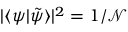
| \langle \psi | \tilde { \psi } \rangle | ^ { 2 } = 1 / \mathcal { N }